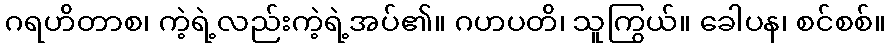
ဂရဟိတာစ၊ ကဲ့ရဲ့လည်းကဲ့ရဲ့အပ်၏။ ဂဟပတိ၊ သူကြွယ်။ ခေါပန၊ စင်စစ်။